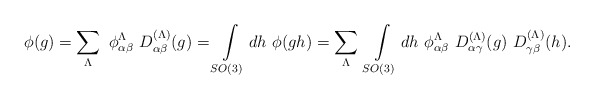
\begin{align*}\phi(g) = \sum_\Lambda \ \phi^{\Lambda}_{\alpha\beta}\ D^{(\Lambda)}_{\alpha\beta}(g) = \int\limits_{SO(3)} dh\ \phi(gh) = \sum_\Lambda \ \int\limits_{SO(3)} dh\ \phi^{\Lambda}_{\alpha\beta}\ D^{(\Lambda)}_{\alpha\gamma}(g)\ D^{(\Lambda)}_{\gamma\beta}(h).\end{align*}